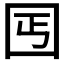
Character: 𡆸